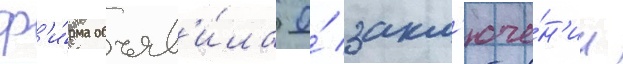
ф'и́рма объяв'и́ла о́ закл'юче́н'ии